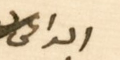
الداعى